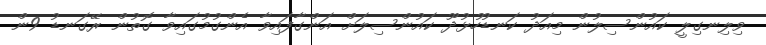
ވިލިނގިލީ ކައުންސިލުން މިއަދު ކަނޑުހުޅުދޫ ކައުންސިލަށް އަންގާފައިވާ އެންގުމުގައިވާ ގޮތުން ރޭގަނޑު 9ން